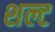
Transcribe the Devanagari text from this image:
शल्ट